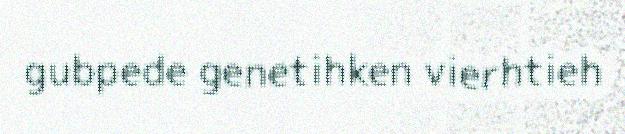
gubpede genetihken vierhtieh